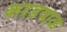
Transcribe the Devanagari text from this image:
करडयाळ